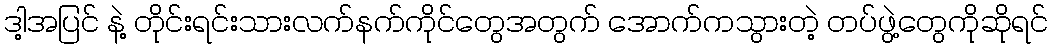
ဒါ့အပြင် နဲ့ တိုင်းရင်းသားလက်နက်ကိုင်တွေအတွက် အောက်ကသွားတဲ့ တပ်ဖွဲ့တွေကိုဆိုရင်